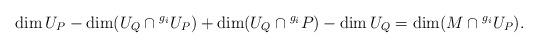
LaTeX: \begin{align*}\dim U_P-\dim(U_Q\cap{}^{g_i}U_P)+\dim(U_Q\cap{}^{g_i}P)-\dim U_Q=\dim(M\cap{}^{g_i}U_P).\end{align*}